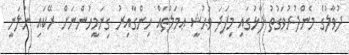
ދުވާލުގެ މެންދުރުވަގުތު ފާޅުގައި މިފަދަ ވަޙުޝީ ޢަމަލުތައް ހިންގާއިރު ގިނަމީހުންނަށް ރޭކައި ނުލަނީ